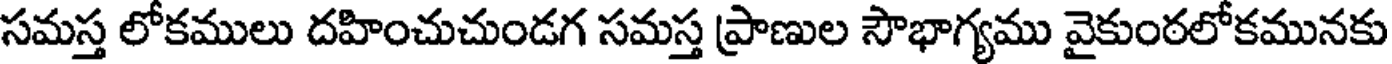
సమస్త లోకములు దహించుచుండగ సమస్త ప్రాణుల సౌభాగ్యము వైకుంఠలోకమునకు